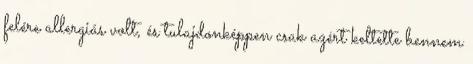
felére allergiás volt, és tulajdonképpen csak azért keltette bennem